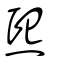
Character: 熈